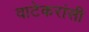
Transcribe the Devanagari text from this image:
वाटेकरांसी